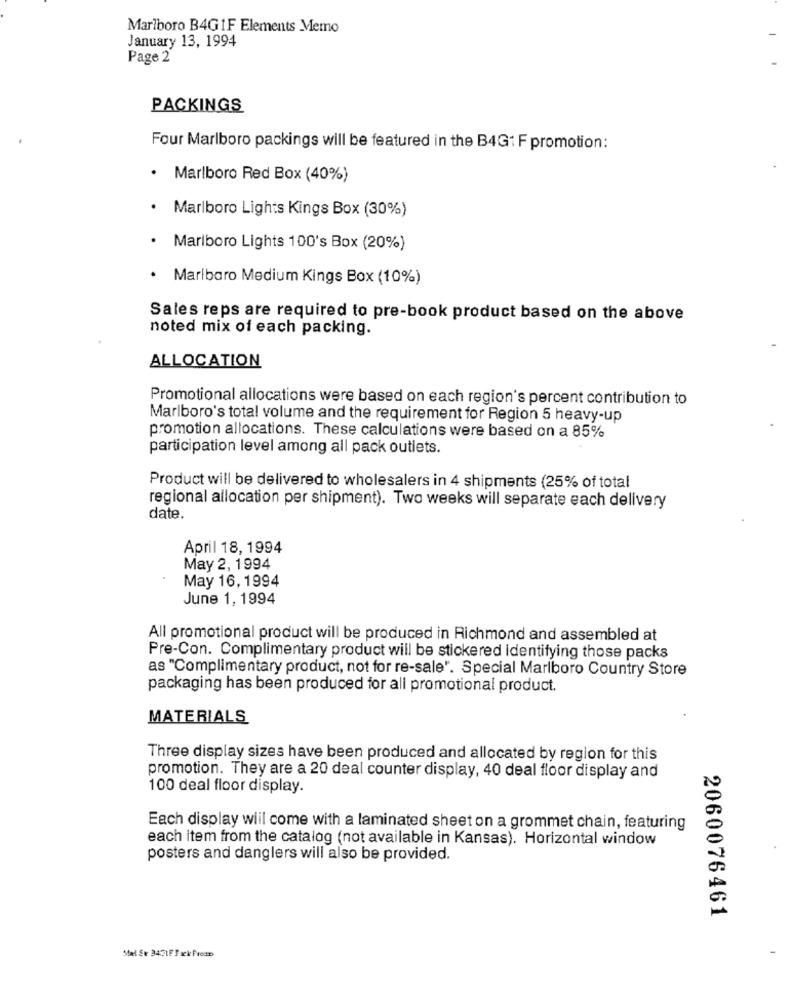
Marlboro B4GIF Elements Memo
January 13, 1994
Page 2
PACKINGS
Four Marlboro packings will be featured in the B4Gt F promotion:
Marlboro Red Box (40%)
Marlboro Lights Kings Box (30%)
Marlboro Lights 100's Box (20%)
Marlboro Medium Kings Box (10%)
Sales reps are required to pre-book product based on the above
noted mix of each packing.
ALLOCATION
Promotional allocations were based on each region's percent contribution to
Marlboro's total volume and the requirement for Region 5 heavy-up
promotion allocations. These calculations were based on a 85%
participation level among all pack outlets.
Product will be delivered to wholesalers in 4 shipments (25% of total
regional allocation per shipment). Two weeks will separate each delivery
date.
April 18, 1994
May 2, 1994
May 16, 1994
June 1, 1994
All promotional product will be produced in Richmond and assembled at
Pre-Con. Complimentary product will be stickered identifying those packs
as "Complimentary product, not for re-sale". Special Marlboro Country Store
packaging has been produced for all promotional product.
MATERIALS
Three display sizes have been produced and allocated by region for this
promotion. They are a 20 deal counter display, 40 deal floor display and
100 deal floor display.
Each display will come with a laminated sheet on a grommet chain, featuring
each item from the catalog (not available in Kansas). Horizontal window
posters and danglers will also be provided.
2060076461
Stal St 3471FFxek freap